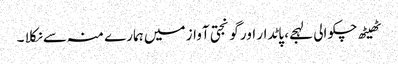
ٹھیٹھ چکوالی لہجے، پاٹدار اور گونجتی آواز میں ہمارے منہ سے نکلا ۔